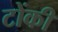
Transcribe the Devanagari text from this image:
टोंकी